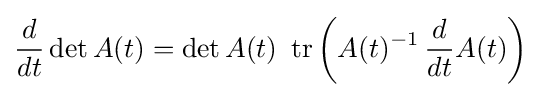
{\frac {d}{dt}}\det A(t)=\det A(t)\ \operatorname {tr} \left(A(t)^{-1}\,{\frac {d}{dt}}A(t)\right)